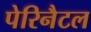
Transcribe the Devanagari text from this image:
पेरिनैटल